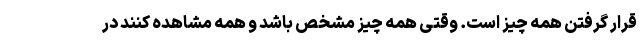
قرار گرفتن همه چیز است. وقتی همه چیز مشخص باشد و همه مشاهده کنند در